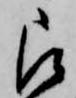
被